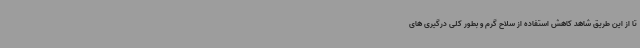
تا از این طریق شاهد کاهش استفاده از سلاح گرم و بطور کلی درگیری های